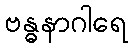
ဗန္ဓနာဂါရေ